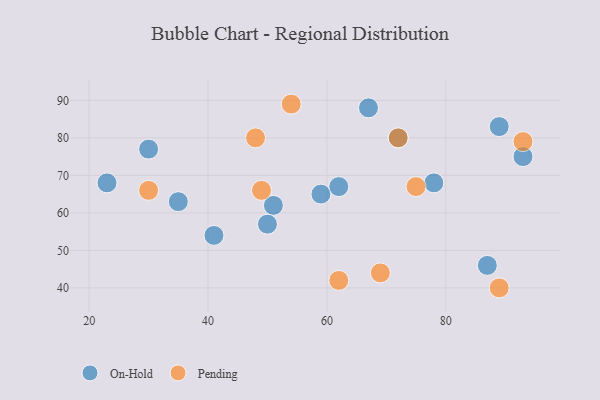
{"axis": {"x": "GDP", "y": "Life Expectancy"}, "legend": ["On-Hold", "Pending"], "data": [{"x": "87", "y": 46, "type": "On-Hold"}, {"x": "23", "y": 68, "type": "On-Hold"}, {"x": "89", "y": 83, "type": "On-Hold"}, {"x": "41", "y": 54, "type": "On-Hold"}, {"x": "51", "y": 62, "type": "On-Hold"}, {"x": "93", "y": 75, "type": "On-Hold"}, {"x": "50", "y": 57, "type": "On-Hold"}, {"x": "67", "y": 88, "type": "On-Hold"}, {"x": "72", "y": 80, "type": "On-Hold"}, {"x": "59", "y": 65, "type": "On-Hold"}, {"x": "35", "y": 63, "type": "On-Hold"}, {"x": "78", "y": 68, "type": "On-Hold"}, {"x": "30", "y": 77, "type": "On-Hold"}, {"x": "62", "y": 67, "type": "On-Hold"}, {"x": "48", "y": 80, "type": "Pending"}, {"x": "69", "y": 44, "type": "Pending"}, {"x": "75", "y": 67, "type": "Pending"}, {"x": "72", "y": 80, "type": "Pending"}, {"x": "62", "y": 42, "type": "Pending"}, {"x": "54", "y": 89, "type": "Pending"}, {"x": "49", "y": 66, "type": "Pending"}, {"x": "89", "y": 40, "type": "Pending"}, {"x": "93", "y": 79, "type": "Pending"}, {"x": "30", "y": 66, "type": "Pending"}]}